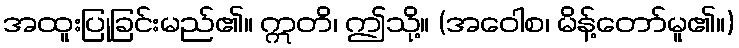
အထူးပြုခြင်းမည်၏။ ဣတိ၊ ဤသို့။ (အဝေါစ၊ မိန့်တော်မူ၏။)